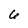
Character: 6